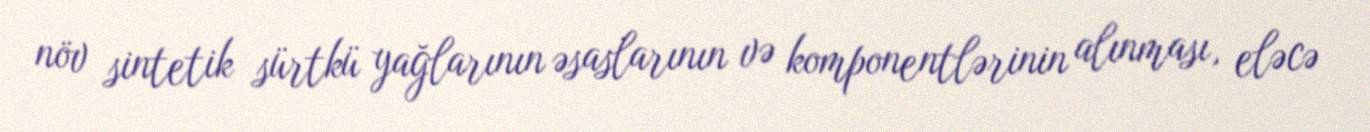
növ sintetik sürtkü yağlarının əsaslarının və komponentlərinin alınması, eləcə